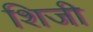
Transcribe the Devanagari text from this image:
शिजी